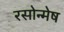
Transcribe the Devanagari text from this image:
रसोन्मेष